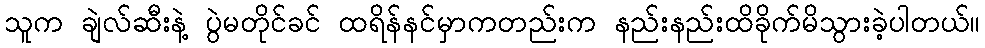
သူက ချဲလ်ဆီးနဲ့ ပွဲမတိုင်ခင် ထရိန်နင်မှာကတည်းက နည်းနည်းထိခိုက်မိသွားခဲ့ပါတယ်။